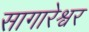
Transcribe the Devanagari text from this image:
सागारेश्वर